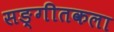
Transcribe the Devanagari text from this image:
सङ्गीतकला